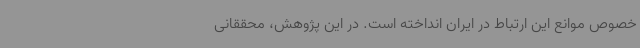
خصوص موانع این ارتباط در ایران انداخته است. در این پژوهش، محققانی